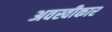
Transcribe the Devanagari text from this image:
अवस्वीकार